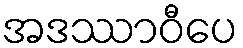
အဒဿာဝီပေ